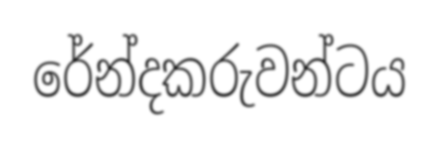
රේන්දකරුවන්ටය